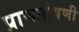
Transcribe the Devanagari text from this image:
प्राणतोषणी